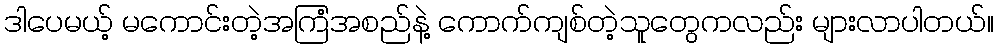
ဒါပေမယ့် မကောင်းတဲ့အကြံအစည်နဲ့ ကောက်ကျစ်တဲ့သူတွေကလည်း များလာပါတယ်။